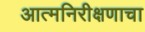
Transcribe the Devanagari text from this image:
आत्मनिरीक्षणाचा